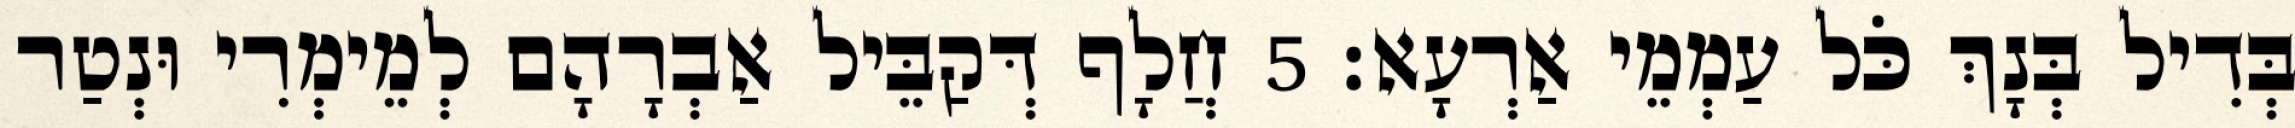
בְּדִיל בְּנָךְ כֹּל עַמְמֵי אַרְעָא׃ 5 חֲלָף דְּקַבֵּיל אַבְרָהָם לְמֵימְרִי וּנְטַר